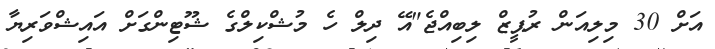
އަށް 30 މިލިއަން ރުޕީޒް ލިބިއްޖެ"އޭ ދިލް ހެ މުޝްކިލްގެ ޝޫޓިންގަށް އައިޝްވަރިޔާ